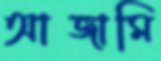
আজামি